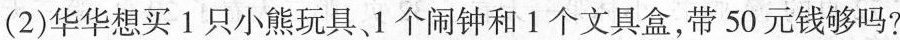
(2)华华想买1只小熊玩具、1个闹钟和1个文具盒，带50元钱够吗?